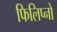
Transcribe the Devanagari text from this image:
फिलिप्नो